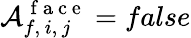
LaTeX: \mathcal{A}_{f,\, i,\, j}^{\mathrm{~f~a~c~e~}}=false